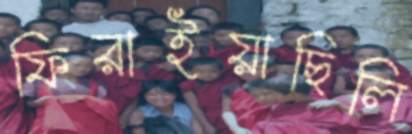
ফিরাইয়াছিলি